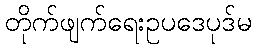
တိုက်ဖျက်ရေးဥပဒေပုဒ်မ